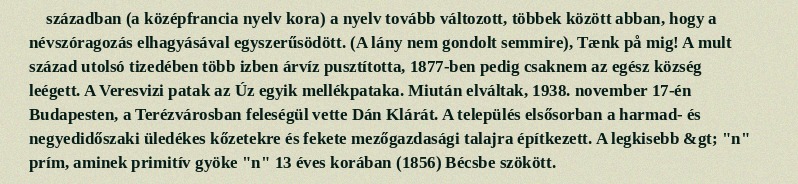
században (a középfrancia nyelv kora) a nyelv tovább változott, többek között abban, hogy a névszóragozás elhagyásával egyszerűsödött. (A lány nem gondolt semmire), Tænk på mig! A mult század utolsó tizedében több izben árvíz pusztította, 1877-ben pedig csaknem az egész község leégett. A Veresvizi patak az Úz egyik mellékpataka. Miután elváltak, 1938. november 17-én Budapesten, a Terézvárosban feleségül vette Dán Klárát. A település elsősorban a harmad- és negyedidőszaki üledékes kőzetekre és fekete mezőgazdasági talajra építkezett. A legkisebb &gt; "n" prím, aminek primitív gyöke "n" 13 éves korában (1856) Bécsbe szökött.